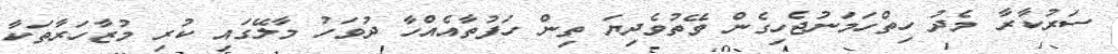
ސަރުކާރާ މެދު ހިތްހަމަނުޖެހިގެން ވޭތުވެދިޔަ ތިން ހަފުތާއެއްހާ ދުވަހު މާލޭގައި ކުރި މުޒާހަރާތަކާ